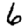
Digit: 6